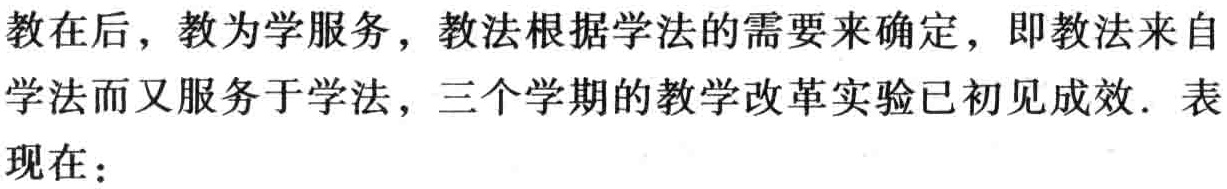
教在后，教为学服务，教法根据学法的需要来确定，即教法来自学法而又服务于学法，三个学期的教学改革实验已初见成效. 表现在：